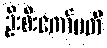
ဦးစီးကော်မတီ